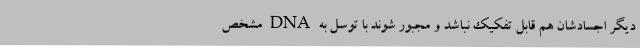
دیگر اجسادشان هم قابل تفکیک نباشد و مجبور شوند با توسل به DNA مشخص